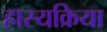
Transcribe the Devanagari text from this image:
हास्यक्रिया